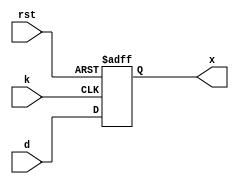
module clb_ie(
	input d,
	input k,
	input rst,
	output x
);

	wire f;
	reg q;
	
	assign f = d;
	
	always @(posedge k, negedge rst) begin
		if (rst == 1'b0) begin
			q <= 1'b0;
		end else begin
			q <= f;
		end
	end
	
	assign x = q;

endmodule